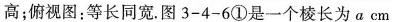
高；俯视图：等长同宽。图3-4-6①是一个棱长为acm